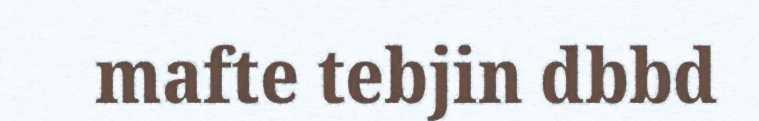
mafte tebjin dbbd